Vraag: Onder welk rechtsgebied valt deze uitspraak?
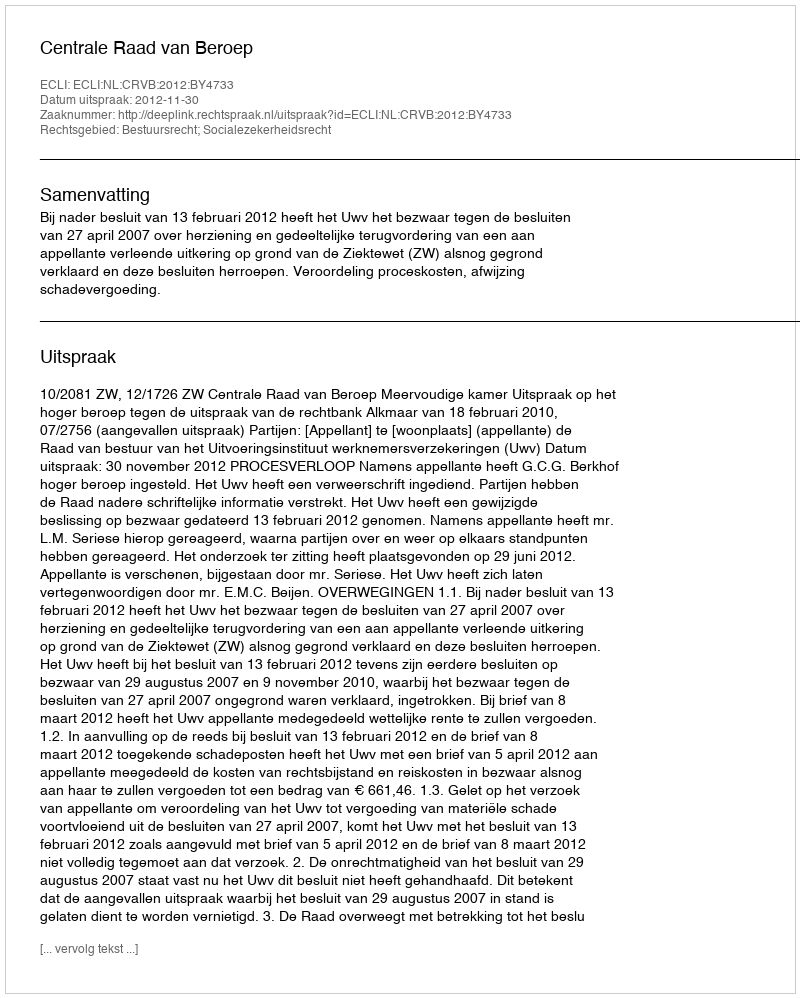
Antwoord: Bestuursrecht; Socialezekerheidsrecht